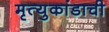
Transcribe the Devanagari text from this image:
मृत्युकांडाची